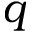
q